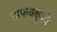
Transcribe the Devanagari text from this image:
वाफचक्की